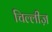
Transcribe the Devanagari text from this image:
चिल्लीज़